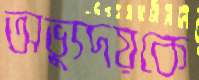
অভ্যুদয়কে